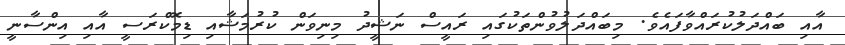
އާއި ބައްދަލުކުރައްވާފައެވެ. މިބައްދަލުވުންތަކުގައި ރައީސް ނަޝީދު މިނިވަން ކުރުމަޝާއި ޑިމޮކްރަސީ އާއި އިންސާނީ